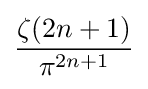
{\frac {\zeta (2n+1)}{\pi ^{2n+1}}}